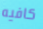
كافيه